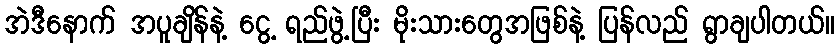
အဲဒီနောက် အပူချိန်နဲ့ ငွေ့ ရည်ဖွဲ့ပြီး မိုးသားတွေအဖြစ်နဲ့ ပြန်လည် ရွာချပါတယ်။